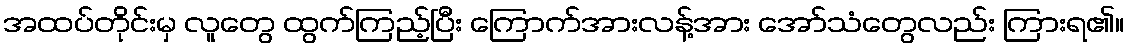
အထပ်တိုင်းမှ လူတွေ ထွက်ကြည့်ပြီး ကြောက်အားလန့်အား အော်သံတွေလည်း ကြားရ၏။